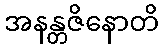
အနန္တဇိနောတိ